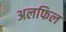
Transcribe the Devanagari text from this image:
अलफिल